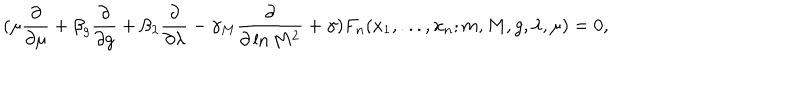
LaTeX: ( \mu \frac { \partial } { \partial \mu } + \beta _ { g } \frac { \partial } { \partial g } + \beta _ { \lambda } \frac { \partial } { \partial \lambda } - \gamma _ { M } \frac { \partial } { \partial \ln M ^ { 2 } } + \gamma ) F _ { n } ( x _ { 1 } , . . . , x _ { n } ; m , M , g , \lambda , \mu ) = 0 ,